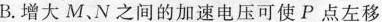
B.增大M、N之间的加速电压可使P点左移